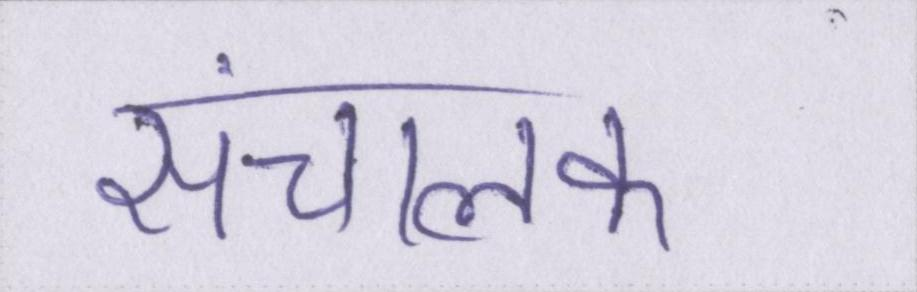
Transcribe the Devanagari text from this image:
संचालक